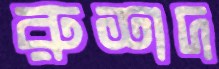
রুশদ